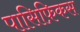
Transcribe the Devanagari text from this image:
पासिफ़िकस